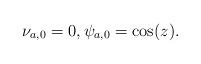
LaTeX: \begin{align*}\nu_{a,0}=0,\psi_{a,0} = \cos(z).\end{align*}